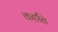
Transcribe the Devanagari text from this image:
कहति